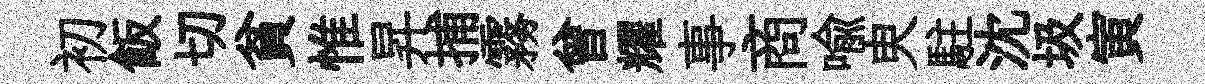
初飯切貧惟昇捕霧曾耀事商喩㬰駐沈圾寅